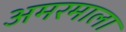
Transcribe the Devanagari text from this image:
अमरमाला